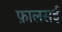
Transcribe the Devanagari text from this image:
फ़ालसई